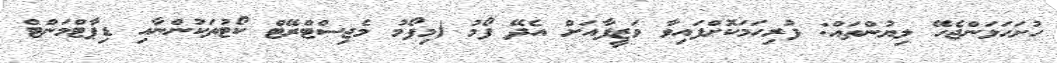
ހުށަހަޅަންޖެހޭ ލިޔުންތައް: ފުރިހަމަކޮށްފައިވާ ވަޒީފާއަށް އެދޭ ފޯމު (މިފޯމު މެޖިސްޓްރޭޓް ކޯޓުތަކުންނާއި ޑިޕާޓްމަންޓް